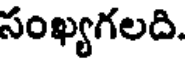
సంఖ్యగలది.